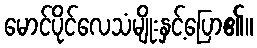
မောင်ပိုင်လေသံမျိုးနှင့်ပြော၏။